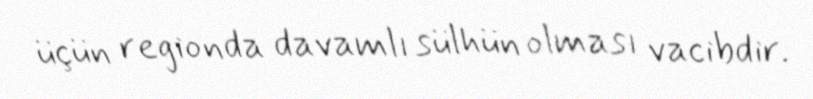
üçün regionda davamlı sülhün olması vacibdir.